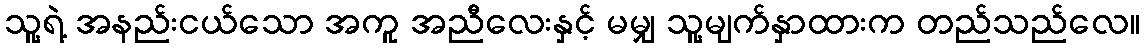
သူ့ရဲ့ အနည်းငယ်သော အကူ အညီလေးနှင့် မမျှ သူ့မျက်နှာထားက တည်သည်လေ။